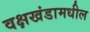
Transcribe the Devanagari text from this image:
वक्षखंडामधील